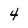
Character: 4